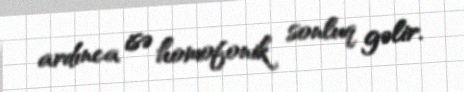
ardınca isə homofonik sonluq gəlir.